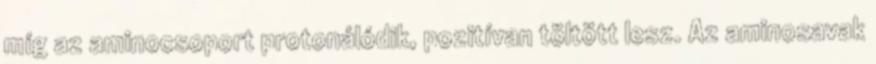
míg az aminocsoport protonálódik, pozitívan töltött lesz. Az aminosavak